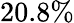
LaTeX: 20.8\%